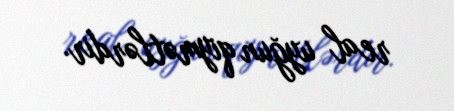
real uyğun qiymətlərdir.